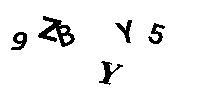
9ZBYY5